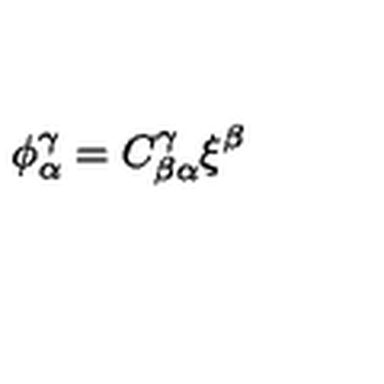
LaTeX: \phi _ { \alpha } ^ { \gamma } = C ^ { \gamma } _ { \beta \alpha } \xi ^ { \beta }